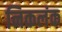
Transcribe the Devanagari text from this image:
निकलंक